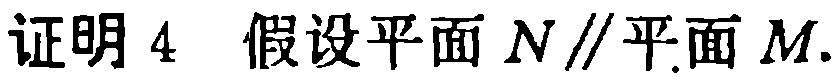
证明 4 假设平面 \(N\parallel\)平面 \(M\).